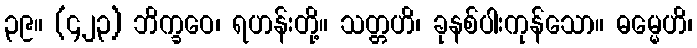
၃၉။ (၄၂၃) ဘိက္ခဝေ၊ ရဟန်းတို့။ သတ္တဟိ၊ ခုနစ်ပါးကုန်သော။ ဓမ္မေဟိ၊